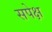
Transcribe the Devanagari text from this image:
सपेक्ष